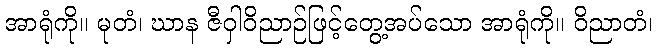
အာရုံကို။ မုတံ၊ ဃာန ဇီဝှါဝိညာဉ်ဖြင့်တွေ့အပ်သော အာရုံကို။ ဝိညာတံ၊